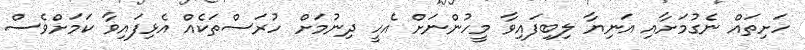
ހަށިތައް ނެގުމަށާއި އަނިޔާ ލިބިފައިވާ މީހުންނަށް އެހީ ދިނުމަށް ހުރަސްތަކެއް އެޅިފައިވާ ކަމަށްވެސް